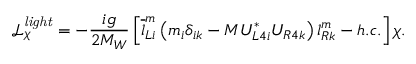
\mathcal { L } _ { \chi } ^ { \mathit { l i g h t } } = - \frac { i g } { 2 M _ { W } } \left[ \overline { { { l } } } _ { L i } ^ { m } \left( m _ { i } \delta _ { i k } - M U _ { L 4 i } ^ { * } U _ { R 4 k } \right) l _ { R k } ^ { m } - h . c . \right] \chi .